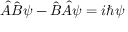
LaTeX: { \hat { A } } { \hat { B } } \psi - { \hat { B } } { \hat { A } } \psi = i \hbar \psi